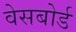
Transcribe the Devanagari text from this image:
वेसबोर्ड